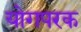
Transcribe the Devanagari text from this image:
योगपरक